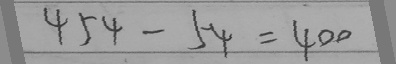
4 5 4 - 5 4 = 4 0 0